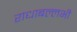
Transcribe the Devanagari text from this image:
राधाबल्लभी